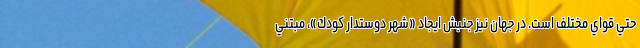
حتي قواي مختلف است. در جهان نيز جنبش ايجاد «شهر دوستدار كودك»، مبتني